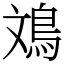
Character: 鳼